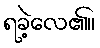
ရခဲ့လေ၏။